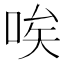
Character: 唉